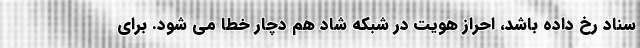
سناد رخ داده باشد، احراز هویت در شبکه شاد هم دچار خطا می شود. برای